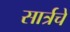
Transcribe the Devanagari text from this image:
सार्त्रचे